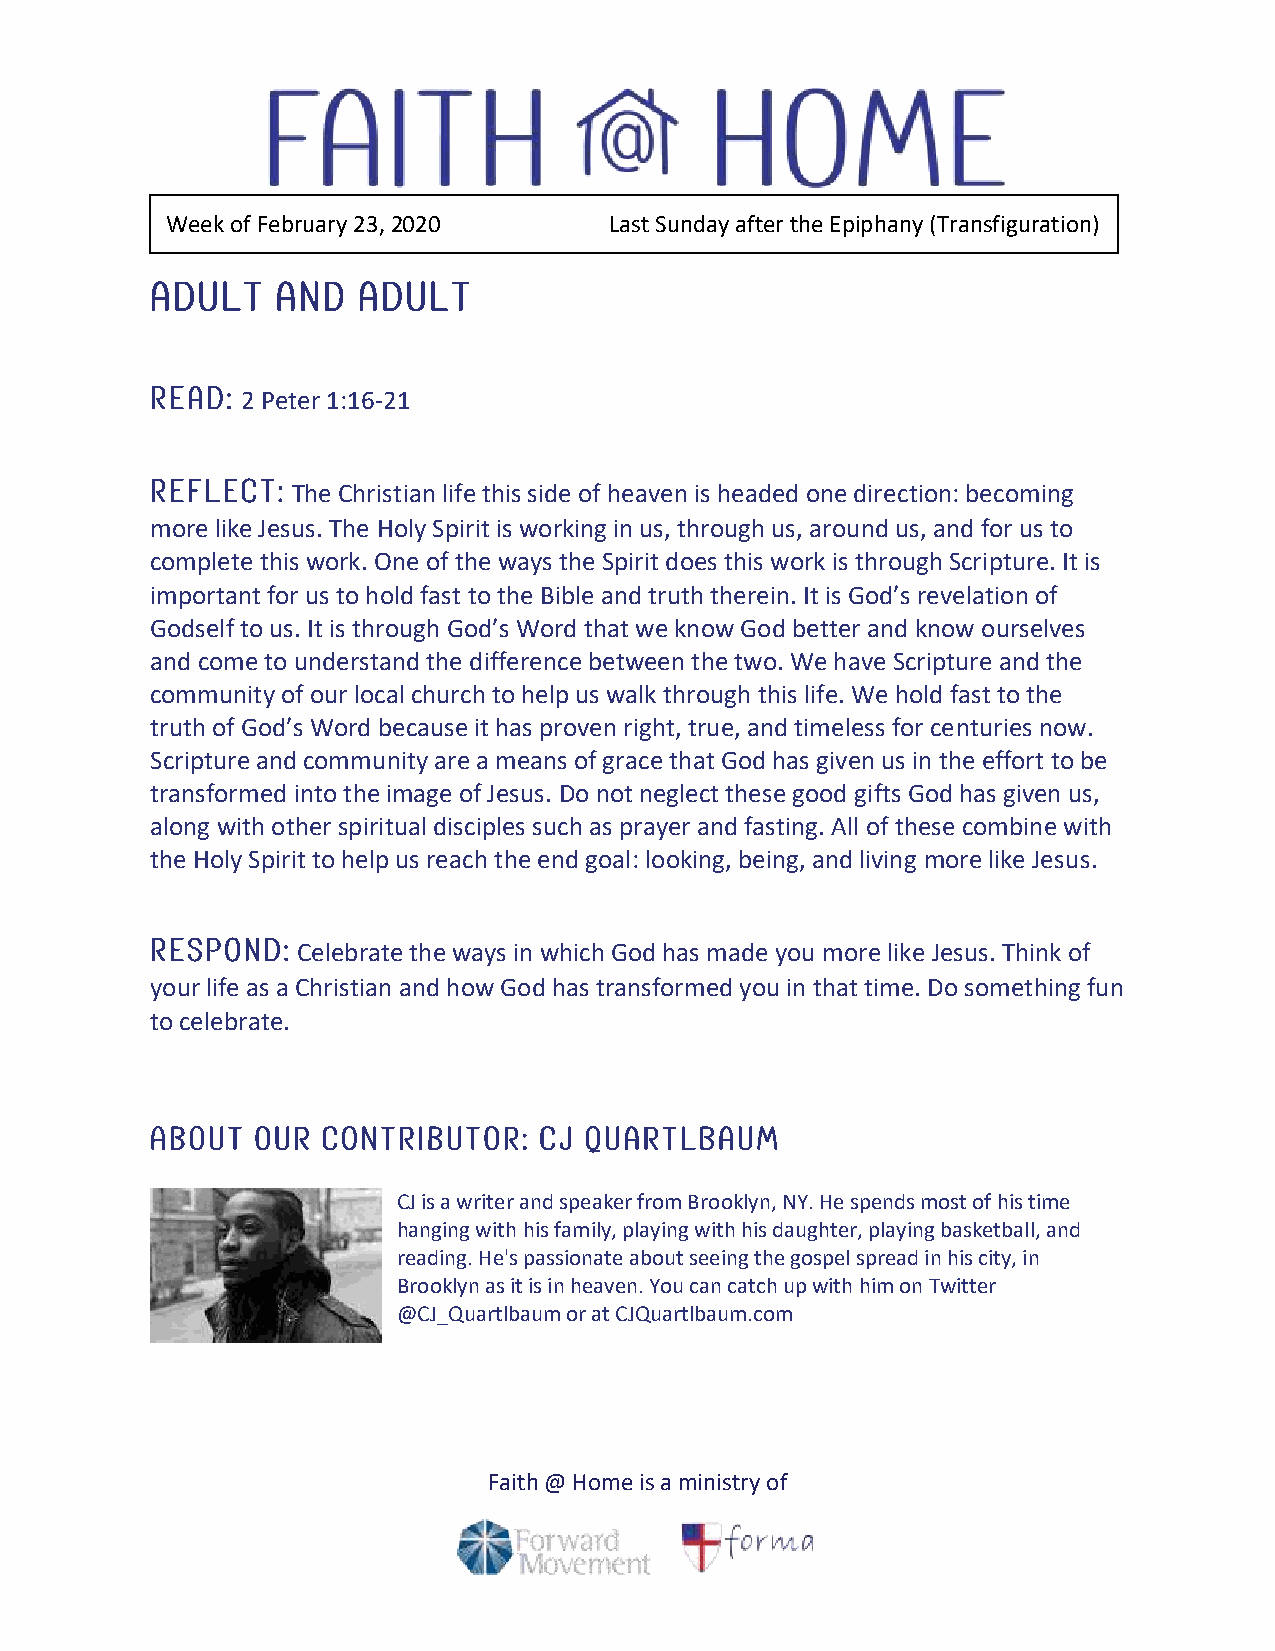
Week of February 23, 2020    Last Sunday after the Epiphany (Transfiguration)
 Adult   and   Adult
 Read: 2 Peter 1:16-21
 Reflect: The Christian life this side of heaven is headed one direction: becoming
 more like Jesus. The Holy Spirit is working in us, through us, around us, and for us to
 complete this work. One of the ways the Spirit does this work is through Scripture. It is
 important for us to hold fast to the Bible and truth therein. It is God’s revelation of
 Godself to us. It is through God’s Word that we know God better and know ourselves
 and come to understand the difference between the two. We have Scripture and the
 community of our local church to help us walk through this life. We hold fast to the
 truth of God’s Word because it has proven right, true, and timeless for centuries now.
 Scripture and community are a means of grace that God has given us in the effort to be
 transformed into the image of Jesus. Do not neglect these good gifts God has given us,
 along with other spiritual disciples such as prayer and fasting. All of these combine with
 the Holy Spirit to help us reach the end goal: looking, being, and living more like Jesus.
 Respond:  Celebrate the ways in which God has made you more like Jesus. Think of
 your life as a Christian and how God has transformed you in that time. Do something fun
 to celebrate.
 About  our contributor:   CJ Quartlbaum
 CJ is a writer and speaker from Brooklyn, NY. He spends most of his time
 hanging with his family, playing with his daughter, playing basketball, and
 reading. He's passionate about seeing the gospel spread in his city, in
 Brooklyn as it is in heaven. You can catch up with him on Twitter
 @CJ_Quartlbaum or at CJQuartlbaum.com
 Faith @ Home is a ministry of